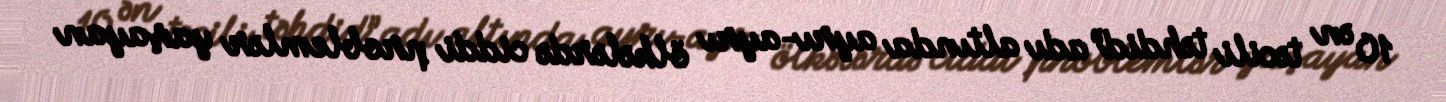
10 ən təcili təhdid” adı altında ayrı-ayrı ölkələrdə ciddi problemlər yaşayan